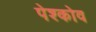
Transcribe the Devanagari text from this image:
पेश्कोव